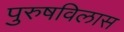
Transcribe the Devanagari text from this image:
पुरुषविलास